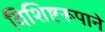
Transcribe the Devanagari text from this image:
विशिष्टरूपाने